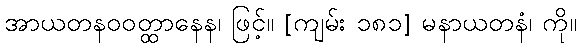
အာယတနဝဝတ္ထာနေန၊ ဖြင့်။ [ကျမ်း ၁၈၁] မနာယတနံ၊ ကို။